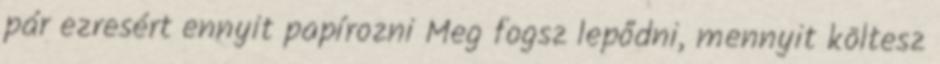
pár ezresért ennyit papírozni Meg fogsz lepődni, mennyit költesz